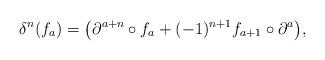
LaTeX: \begin{align*} \delta^n(f_a)=\big(\partial^{a+n}\circ f_a+(-1)^{n+1}f_{a+1}\circ\partial ^a \big), \end{align*}